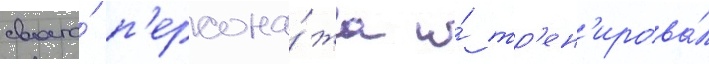
своего́ п'ерсона́жа и́ тр'ен'ирова́л